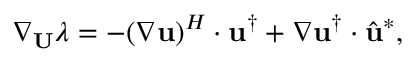
\nabla _ { \bf { U } } \lambda = - ( \nabla \mathbf { u } ) ^ { H } \cdot \mathbf { u } ^ { \dagger } + \nabla \mathbf { u } ^ { \dagger } \cdot \hat { \mathbf { u } } ^ { * } ,